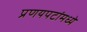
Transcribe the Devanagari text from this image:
प्रणयपटांमध्ये